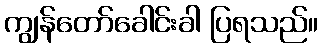
ကျွန်တော်ခေါင်းခါ ပြရသည်။